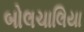
બોલચાલિયા